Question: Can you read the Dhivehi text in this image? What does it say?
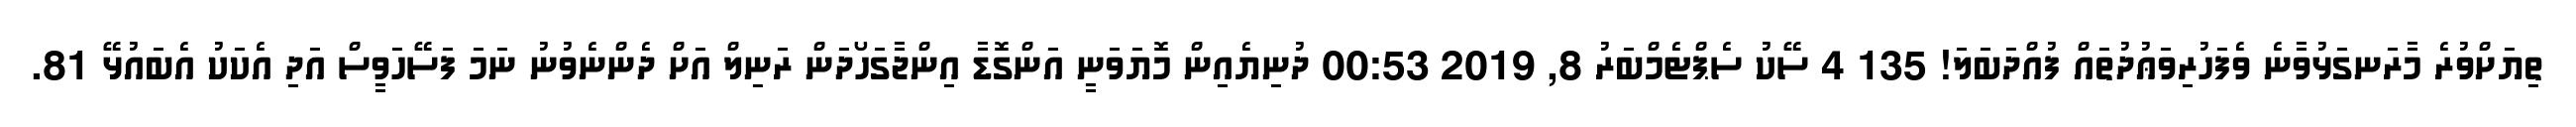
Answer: ތިޔަށްވުރެ މާރަނގަޅުވާނެ ވެފަހުރިވަޢުދުތައް ފުއްދަބަލަ! 135 4 ސޭކު ސެޕްޓެމްބަރު 8, 2019 00:53 ދުނިޔެއިން މޮޔަވަނީ އަންގޮޑާ އިންޖާގަހޯދަން ރަނިލް އަށް ދެންނެވުނު ނަމަ ފަސޭހަވީސް އަދި އެކަކު އެބައުޅޭ 81.